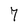
Character: 7